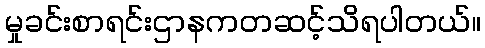
မှုခင်းစာရင်းဌာနကတဆင့်သိရပါတယ်။